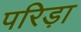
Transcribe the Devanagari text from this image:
परिड़ा